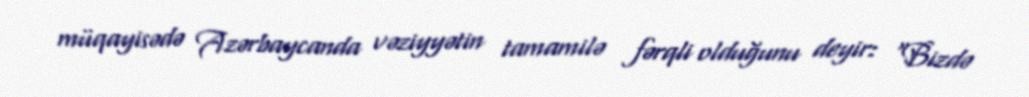
müqayisədə Azərbaycanda vəziyyətin tamamilə fərqli olduğunu deyir: “Bizdə